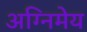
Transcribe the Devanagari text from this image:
अग्‍निमेय